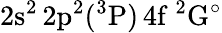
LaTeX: \mathrm{2s^{2}\, 2p^{2}(^{3}P)\, 4f~^{2}G^{\circ}}